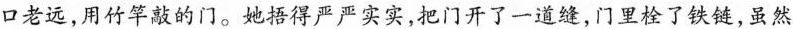
口老远，用竹华敲的门。她严严实实，把门开了一道缝，门里栓了铁链，虽然